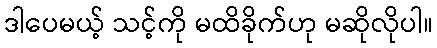
ဒါပေမယ့် သင့်ကို မထိခိုက်ဟု မဆိုလိုပါ။